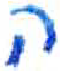
אות: ה